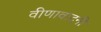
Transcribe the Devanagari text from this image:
वीणावादनी